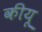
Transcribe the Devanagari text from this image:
कीयू